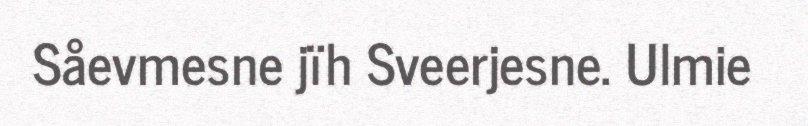
Såevmesne jïh Sveerjesne. Ulmie